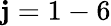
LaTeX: \mathbf{j}=1-6